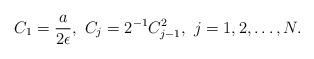
LaTeX: \begin{align*} C_1 = \frac{a}{2\epsilon},\ C_j = 2^{-1}C_{j-1}^2,\ j= 1,2,\ldots,N.\end{align*}